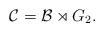
LaTeX: \begin{align*}\mathcal{C}=\mathcal{B} \rtimes G_2.\end{align*}